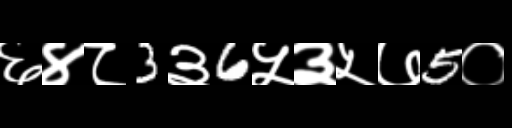
Text: ६४८3३6५३५७5०